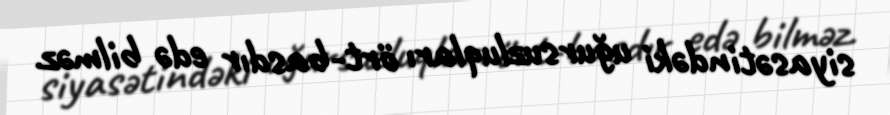
siyasətindəki uğursuzluqları ört-basdır edə bilməz.